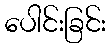
ပေါင်းခြင်း